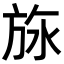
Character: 𬀅